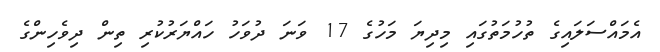
އެމައްސަލައިގެ ތުހުމަތުގައި މިދިޔަ މަހުގެ 17 ވަނަ ދުވަހު ހައްޔަރުކުރި ތިން ދިވެހިންގެ